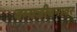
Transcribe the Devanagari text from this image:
वन्यजीवनावर